Manual of the Civil Veterinary Department, Central Provinces and Berar
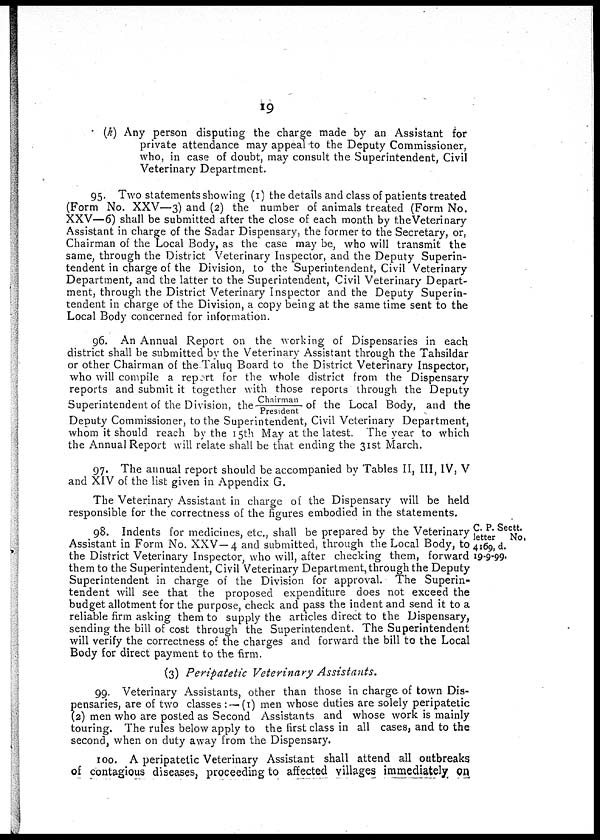
19
(k) Any person disputing the charge made by an Assistant for
private attendance may appeal to the Deputy Commissioner,
who, in case of doubt, may consult the Superintendent, Civil
Veterinary Department.
95. Two statements showing (1) the details and class of patients treated
(Form No. XXV—3) and (2) the number of animals treated (Form No.
XXV—6) shall be submitted after the close of each month by the Veterinary
Assistant in charge of the Sadar Dispensary, the former to the Secretary, or,
Chairman of the Local Body, as the case may be, who will transmit the
same, through the District Veterinary Inspector, and the Deputy Superin-
tendent in charge of the Division, to the Superintendent, Civil Veterinary
Department, and the latter to the Superintendent, Civil Veterinary Depart-
ment, through the District Veterinary Inspector and the Deputy Superin-
tendent in charge of the Division, a copy being at the same time sent to the
Local Body concerned for information.
96. An Annual Report on the working of Dispensaries in each
district shall be submitted by the Veterinary Assistant through the Tahsildar
or other Chairman of the Taluq Board to the District Veterinary Inspector,
who will compile a report for the whole district from the Dispensary
reports and submit it together with those reports through the Deputy
Superintendent of the Division, the Chairman/President of the Local Body, and the
Deputy Commissioner, to the Superintendent, Civil Veterinary Department,
whom it should reach by the 15th May at the latest. The year to which
the Annual Report will relate shall be that ending the 31st March.
97. The annual report should be accompanied by Tables II, III, IV, V
and XIV of the list given in Appendix G.
The Veterinary Assistant in charge of the Dispensary will be held
responsible for the correctness of the figures embodied in the statements.
C. P. Sectt.
letter No.
4169, d.
19-9-99.
98. Indents for medicines, etc., shall be prepared by the Veterinary
Assistant in Form No. XXV—4 and submitted, through the Local Body, to
the District Veterinary Inspector, who will, after checking them, forward
them to the Superintendent, Civil Veterinary Department, through the Deputy
Superintendent in charge of the Division for approval. The Superin-
tendent will see that the proposed expenditure does not exceed the
budget allotment for the purpose, check and pass the indent and send it to a
reliable firm asking them to supply the articles direct to the Dispensary,
sending the bill of cost through the Superintendent. The Superintendent
will verify the correctness of the charges and forward the bill to the Local
Body for direct payment to the firm.
(3) Peripatetic Veterinary
Assistants.
99. Veterinary Assistants, other than those in charge of town Dis-
pensaries, are of two classes: —(1) men whose duties are solely peripatetic
(2) men who are posted as Second Assistants and whose work is mainly
touring. The rules below apply to the first class in all cases, and to the
second, when on duty away from the Dispensary.
100. A peripatetic Veterinary Assistant shall attend all outbreaks
of contagious diseases, proceeding to affected villages immediately on